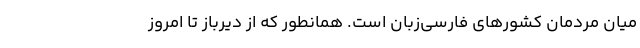
میان مردمان کشورهای فارسی‌زبان است. همانطور که از دیرباز تا امروز